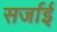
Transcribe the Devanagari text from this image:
सर्जाई